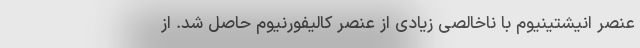
عنصر انیشتینیوم با ناخالصی زیادی از عنصر کالیفورنیوم حاصل ‌شد. از